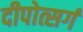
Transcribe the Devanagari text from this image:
दीपोत्सर्ग